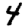
Digit: 4